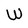
Character: W